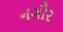
નગૌર